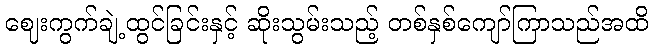
ဈေးကွက်ချဲ့ထွင်ခြင်းနှင့် ဆိုးသွမ်းသည့် တစ်နှစ်ကျော်ကြာသည်အထိ